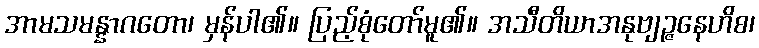
အာမသမန္နာဂတော၊ မှန်ပါ၏။ ပြည့်စုံတော်မူ၏။ အသီတိယာအနုဗျဉ္ဇနေဟိစ၊